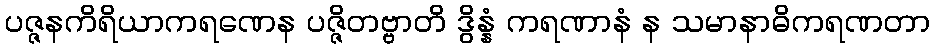
ပဇ္ဇနကိရိယာကရဏေန ပဇ္ဇိတဗ္ဗာတိ ဒွိန္နံ ကရဏာနံ န သမာနာဓိကရဏတာ